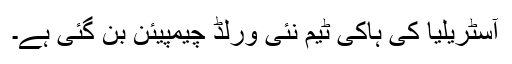
آسٹریلیا کی ہاکی ٹیم نئی ورلڈ چیمپیئن بن گئی ہے۔